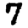
Digit: 7